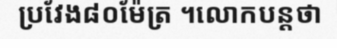
ប្រវែង៨០ម៉ែត្រ ។លោកបន្តថា